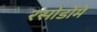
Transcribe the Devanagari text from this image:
रसोडोंमें